画像に写った文字を読んでください
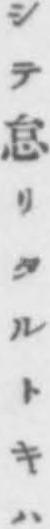
「シテ怠リタルトキハ」と書いてあります